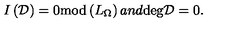
I \left( { \cal D } \right) = 0 \mathrm { m o d } \left( L _ { \Omega } \right) a n d \mathrm { d e g } { \cal D } = 0 .